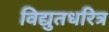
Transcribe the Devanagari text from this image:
विद्युतधरित्र